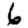
Digit: 6